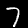
Label: 7